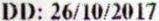
DD: 26/10/2017